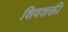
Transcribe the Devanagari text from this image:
शिवशक्ती